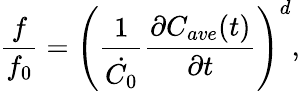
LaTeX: \frac{f}{f_{0}}=\left(\frac{1}{\dot{C_{0}}}\frac{\partial C_{ave}(t)}{\partial t}\right)^{d},